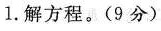
1.解方程。(9分)